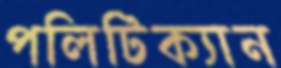
পলিটিক্যান